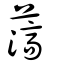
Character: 薃